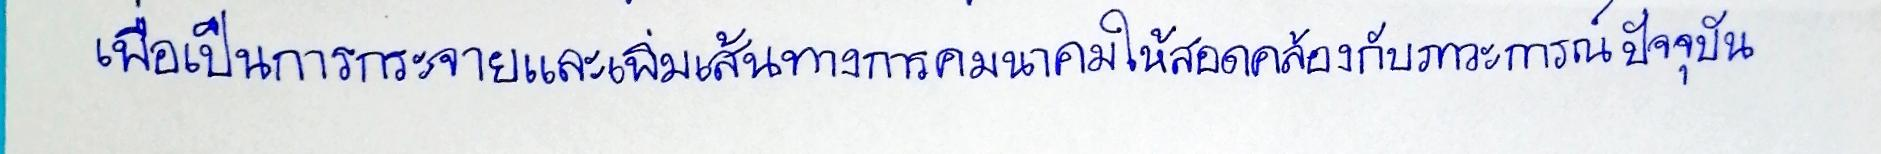
เพื่อเป็นการกระจายและเพิ่มเส้นทางการคมนาคมให้สอดคล้องกับภาวะการณ์ปัจจุบัน